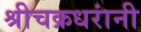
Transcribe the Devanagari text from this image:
श्रीचक्रधरांनी